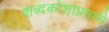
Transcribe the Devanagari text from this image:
शब्दकोशाप्रमाणे